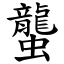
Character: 蠪